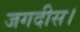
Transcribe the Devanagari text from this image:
जगदीस।